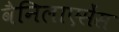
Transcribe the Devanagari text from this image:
वैनिलाएसेंस